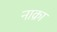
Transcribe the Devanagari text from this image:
नाक़ा